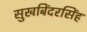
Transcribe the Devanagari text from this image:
सुखबिंदरसिंह